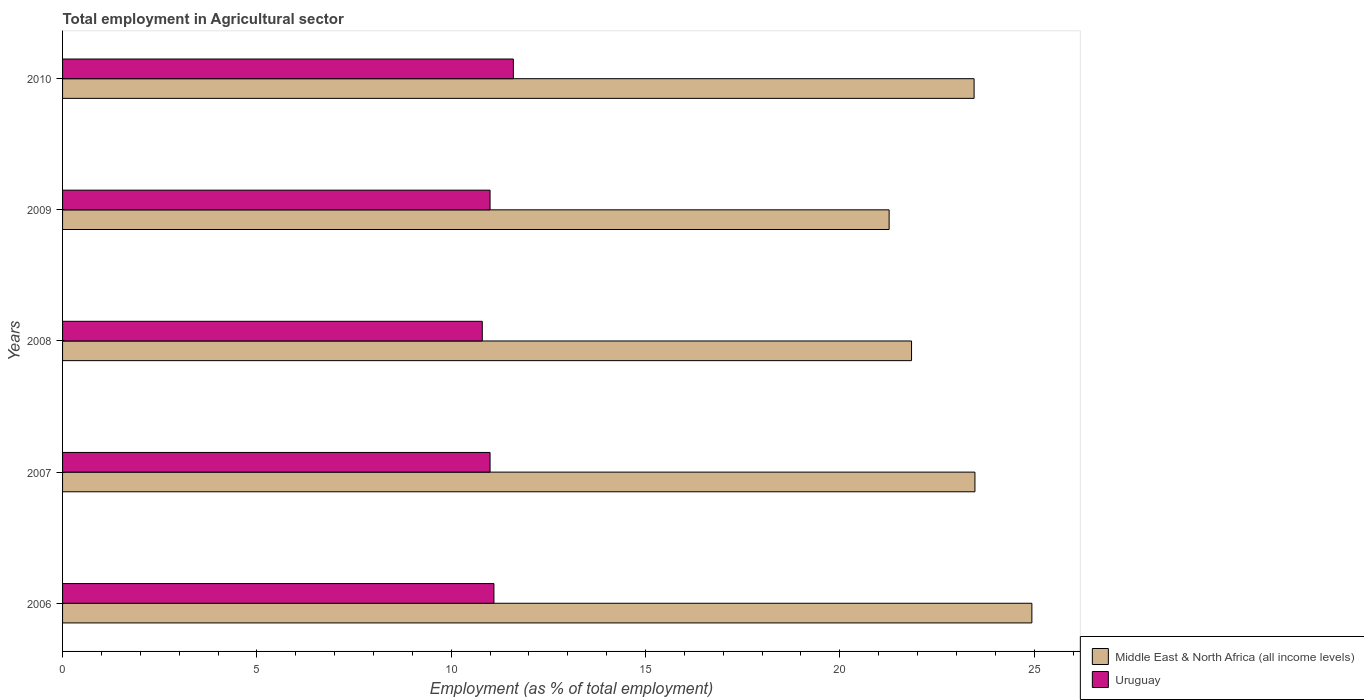
| Years | Middle East & North Africa (all income levels) | Uruguay |
 | --- | --- | --- |
 | 2006 | 24.9 | 11.1 |
 | 2007 | 23.5 | 11 |
 | 2008 | 21.8 | 10.8 |
 | 2009 | 21.3 | 11 |
 | 2010 | 23.5 | 11.6 |